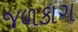
જળકાગ